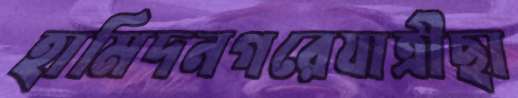
হামিদনগরেযাত্রীছা